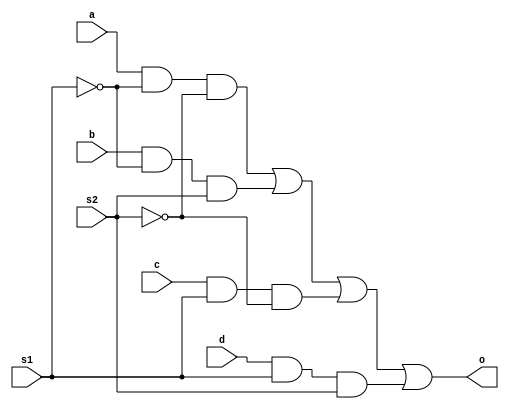
`timescale 1ns / 1ps
//////////////////////////////////////////////////////////////////////////////////
// Company: 
// Engineer: 
// 
// Design Name: 
// Module Name:    D4x1mux 
// Project Name: 
// Target Devices: 
// Tool versions: 
// Description: 
//
// Dependencies: 
//
// Revision: 
// Revision 0.01 - File Created
// Additional Comments: 
//
//////////////////////////////////////////////////////////////////////////////////
module D4x1mux(o,a,b,c,d,s1,s2
    );
input a,b,c,d,s1,s2;
output o;
wire o;
assign o=(a&~s1&~s2)|(b&~s1&s2)|(c&s1&~s2)|(d&s1&s2);
endmodule